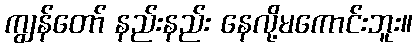
ကျွန်တော် နည်းနည်း နေလို့မကောင်းဘူး။